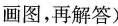
画图，再解答)